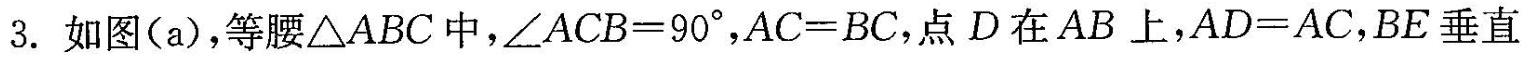
3. 如图(a)，等腰\Delta ABC中，$$\angle ACB＝90^{\circ}$$，$$AC＝BC$$，点D在AB上，$$AD＝AC$$，BE垂直